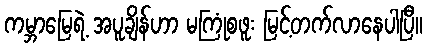
ကမ္ဘာမြေရဲ့ အပူချိန်ဟာ မကြုံစဖူး မြင့်တက်လာနေပါပြီ။